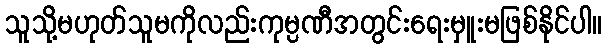
သူသို့မဟုတ်သူမကိုလည်းကုမ္ပဏီအတွင်းရေးမှူးမဖြစ်နိုင်ပါ။